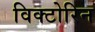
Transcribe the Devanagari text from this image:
विक्टोरिन